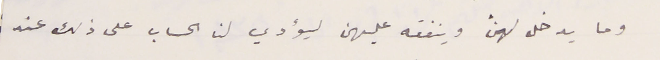
وما يدخل لهن وينفقه عليهن ليؤدي لنا الحساب على ذلك عند